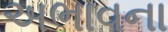
અભાવના